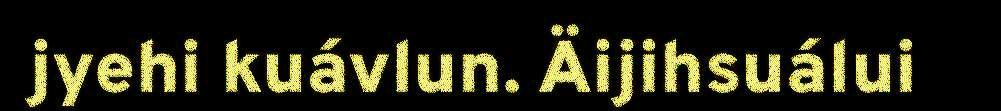
jyehi kuávlun. Äijihsuálui